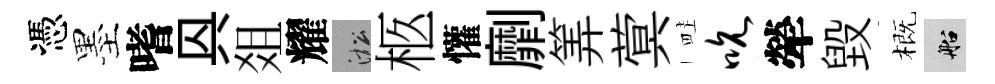
憑墨嗜㒷爼耀淞柩懽劘筭蓂畦吮犖毁概船